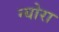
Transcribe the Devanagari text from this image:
न्योरा